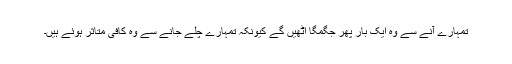
تمہارے آنے سے وہ ایک بار پھر جگمگا اٹھیں گے کیونکہ تمہارے چلے جانے سے وہ کافی متاثر ہوئے ہیں۔